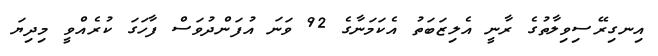
އިނގިރޭސިވިލާތުގެ ރާނީ އެލިޒަބަތު އެކަމަނާގެ 92 ވަނަ އުފަންދުވަސް ފާހަގަ ކުރެއްވީ މިދިޔަ